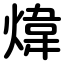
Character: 煒